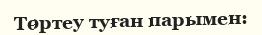
Төртеу туған парымен: